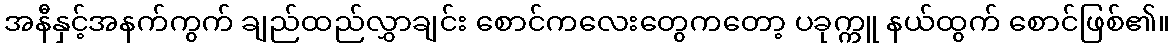
အနီနှင့်အနက်ကွက် ချည်ထည်လွှာချင်း စောင်ကလေးတွေကတော့ ပခုက္ကူ နယ်ထွက် စောင်ဖြစ်၏။